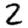
Digit: 2